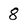
Character: 8